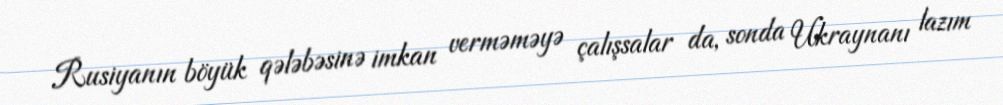
Rusiyanın böyük qələbəsinə imkan verməməyə çalışsalar da, sonda Ukraynanı lazım